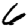
Digit: 6